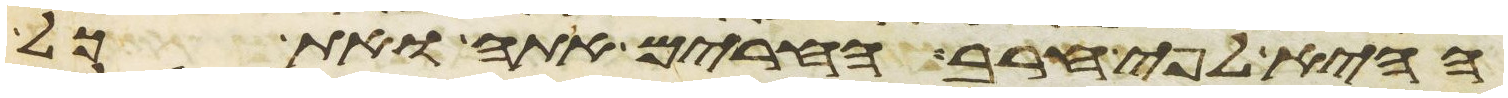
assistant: ההיא לפי חרב החרים אתה ואת כל